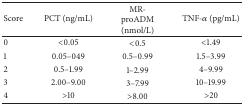
<table><thead><tr><td><b>Score</b></td><td><b>PCT (ng/mL)</b></td><td><b>MR-proADM (nmol/L)</b></td><td><b>TNF-<i>α</i> (pg/mL)</b></td></tr></thead><tbody><tr><td>0</td><td>&lt;0.05</td><td>&lt;0.5</td><td>&lt;1.49</td></tr><tr><td>1</td><td>0.05–049</td><td>0.5–0.99</td><td>1.5–3.99</td></tr><tr><td>2</td><td>0.5–1.99</td><td>1–2.99</td><td>4–9.99</td></tr><tr><td>3</td><td>2.00–9.00</td><td>3–7.99</td><td>10–19.99</td></tr><tr><td>4</td><td>&gt;10</td><td>&gt;8.00</td><td>&gt;20</td></tr></tbody></table>